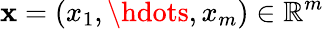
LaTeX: \mathbf{x}=(x_{1},\hdots,x_{m})\in\mathbb{R}^{m}